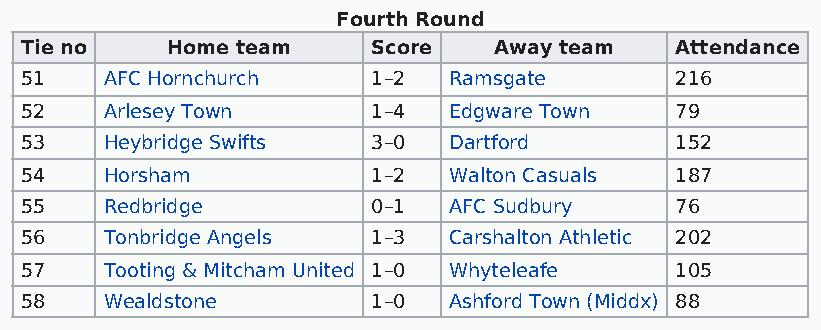
Fourth Round
 Tie no    Home team     Score   Away team   Attendance
 51    AFC Hornchurch    1–2  Ramsgate       216
 52    Arlesey Town      1–4  Edgware Town   79
 53    Heybridge Swifts  3–0  Dartford       152
 54    Horsham           1–2  Walton Casuals 187
 55    Redbridge         0–1  AFC Sudbury    76
 56    Tonbridge Angels  1–3  Carshalton Athletic 202
 57    Tooting & Mitcham United 1–0 Whyteleafe 105
 58    Wealdstone        1–0  Ashford Town (Middx) 88